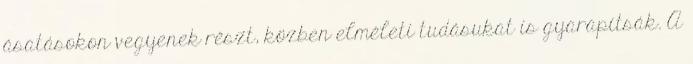
ásatásokon vegyenek részt, közben elméleti tudásukat is gyarapítsák. A